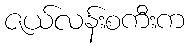
ဇယ်လန်းစကီးက